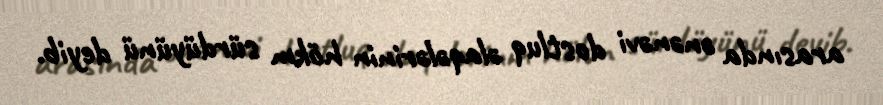
arasında ənənəvi dostluq əlaqələrinin hökm sürdüyünü deyib.